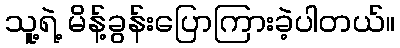
သူ့ရဲ့ မိန့်ခွန်းပြောကြားခဲ့ပါတယ်။